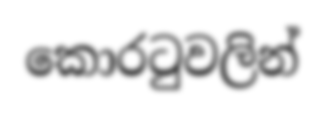
කොරටුවලින්